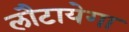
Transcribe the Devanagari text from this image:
लौटायेगा